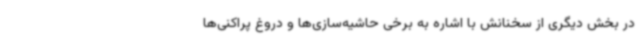
در بخش دیگری از سخنانش با اشاره به برخی حاشیه‌سازی‌ها و دروغ پراکنی‌ها